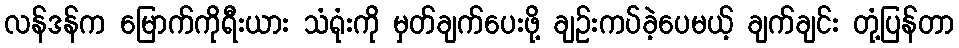
လန်ဒန်က မြောက်ကိုရီးယား သံရုံးကို မှတ်ချက်ပေးဖို့ ချဉ်းကပ်ခဲ့ပေမယ့် ချက်ချင်း တုံ့ပြန်တာ